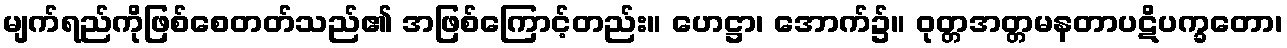
မျက်ရည်ကိုဖြစ်စေတတ်သည်၏ အဖြစ်ကြောင့်တည်း။ ဟေဋ္ဌာ၊ အောက်၌။ ဝုတ္တအတ္တမနတာပဋိပက္ခတော၊